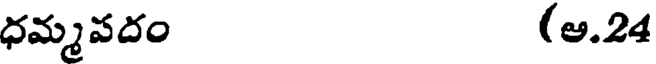
ధమ్మవదం (ఆ.24